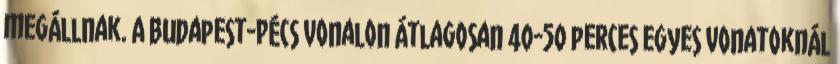
megállnak. A Budapest-Pécs vonalon átlagosan 40-50 perces egyes vonatoknál